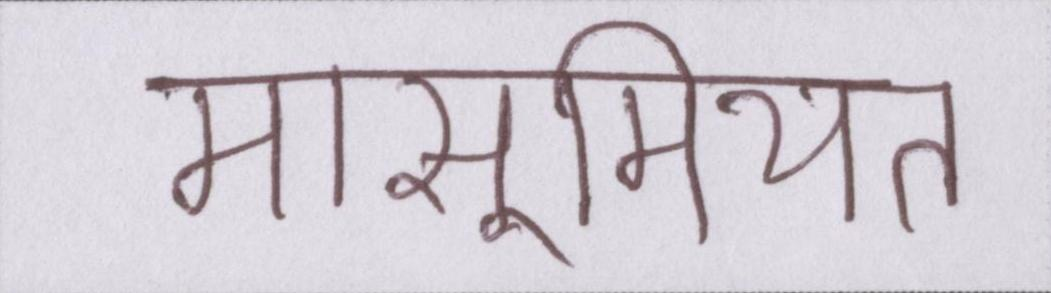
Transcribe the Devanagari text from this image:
मासूमियत